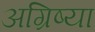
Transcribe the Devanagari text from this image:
अग्रिष्या